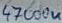
Text: 47000u